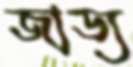
জাড্য